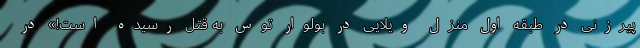
پیرزنی در طبقه اول منزل ویلایی در بولوار توس به قتل رسیده است!» در